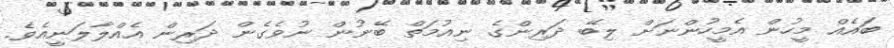
ބައެއް މީހުން އެމީހުންނަށް ލިބޭ ދަރިންގެ ނިއުމަތް ބޭނުން ނުވެގެން ދަރިން އެއްލާލަނީއެވެ.